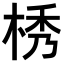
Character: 𣒴